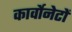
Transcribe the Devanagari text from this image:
कार्वोनेटों